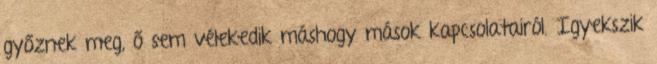
győznek meg, ő sem vélekedik máshogy mások kapcsolatairól. Igyekszik